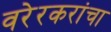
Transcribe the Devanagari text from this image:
वरेरकरांचा